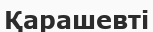
Қарашевті